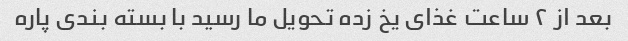
بعد از ۲ ساعت غذای یخ زده تحویل ما رسید با بسته بندی پاره